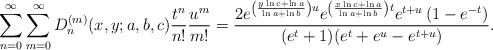
\begin{align*}\sum_{n=0}^{\infty}\sum_{m=0}^{\infty}D^{(m)}_n(x,y;a,b,c)\frac{t^n}{n!}\frac{u^m}{m!}=\frac{2e^{\left(\frac{y\ln c+\ln a}{\ln a +\ln b}\right)u}e^{\left(\frac{x\ln c+\ln a}{\ln a +\ln b}\right)t}e^{t+u}\left(1-e^{-t}\right)}{(e^t+1)(e^t+e^u-e^{t+u})}.\end{align*}